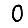
Digit: 0